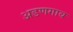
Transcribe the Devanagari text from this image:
अडणगाव